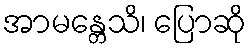
အာမန္တေသိ၊ ပြောဆို